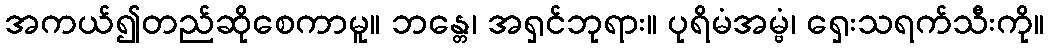
အကယ်၍တည်ဆိုစေကာမူ။ ဘန္တေ၊ အရှင်ဘုရား။ ပုရိမံအမ္ဗံ၊ ရှေးသရက်သီးကို။